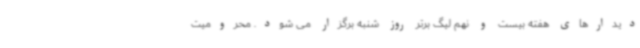
دیدارهای هفته بیست و نهم لیگ برتر روز شنبه برگزار می شود. محرومیت